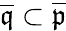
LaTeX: {\overline{{\mathfrak{q}}}}\subset{\overline{{\mathfrak{p}}}}